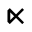
\ltimes